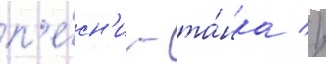
п'е́сн'и - та́нка //